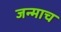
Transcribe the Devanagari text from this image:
जन्माच